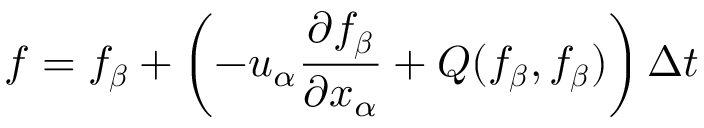
f = f _ { \boldsymbol { \beta } } + \left( - u _ { \alpha } \frac { \partial f _ { \boldsymbol { \beta } } } { \partial x _ { \alpha } } + Q ( f _ { \boldsymbol { \beta } } , f _ { \boldsymbol { \beta } } ) \right) \Delta t